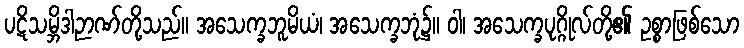
ပဋိသမ္ဘိဒါဉာဏ်တို့သည်။ အသေက္ခဘူမိယံ၊ အသေက္ခဘုံ၌။ ဝါ၊ အသေက္ခပုဂ္ဂိုလ်တို့၏ ဥစ္စာဖြစ်သော